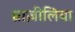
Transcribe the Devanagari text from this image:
ब्राज़ीलिया